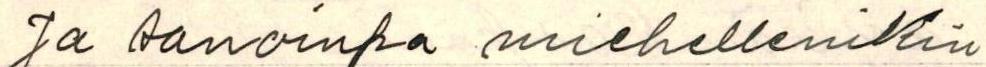
Ja sanoinpa miehellenikin